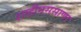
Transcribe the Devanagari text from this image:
शाहीनससाणा